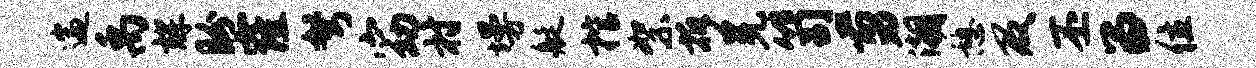
遄禹辉盼窿弩窈村墁艇棺絮拆冕笥剪潮憩及丕留位